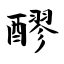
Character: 醪